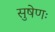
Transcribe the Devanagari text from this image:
सुषेणः